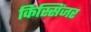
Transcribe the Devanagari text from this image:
किस्सिंजर